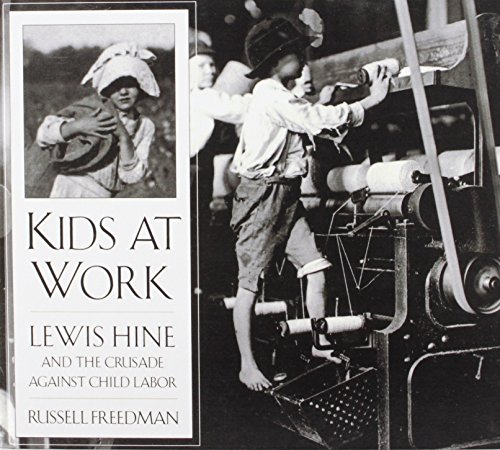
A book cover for Kids at Work: Lewis Hine and the Crusade Against Child Labor; Russell Freedman; Teen & Young Adult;